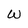
Character: W